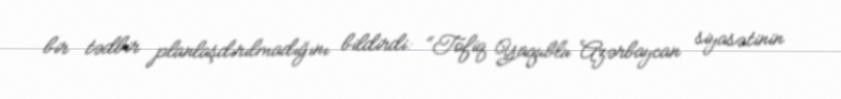
bir tədbir planlaşdırılmadığını bildirdi: “Tofiq Yaqublu Azərbaycan siyasətinin